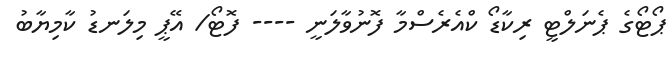
ޕޯޓޯގެ ޕެނަލްޓީ ރިކާޑޯ ކްއެރެސްމާ ފޮނުވާލަނީ ---- ފޮޓޯ/ އޭޕީ މިލަނޑު ކާމިޔާބު